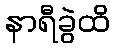
နာရီခွဲထိ